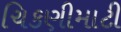
ચિકણીમાટી